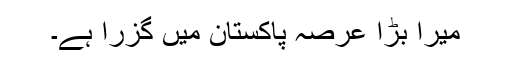
میرا بڑا عرصہ پاکستان میں گزرا ہے۔